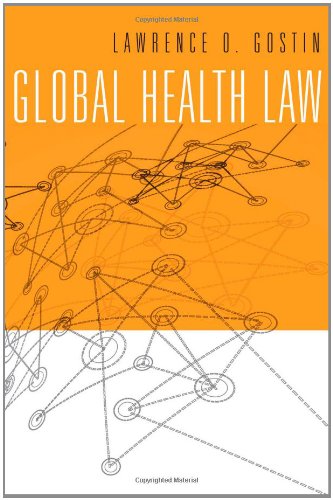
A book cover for Global Health Law; Lawrence O. Gostin; Law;